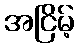
အငြိမ့်